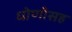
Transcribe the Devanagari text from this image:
धोणीसह